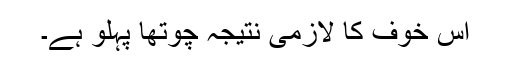
اس خوف کا لازمی نتیجہ چوتھا پہلو ہے۔